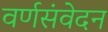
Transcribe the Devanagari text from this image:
वर्णसंवेदन